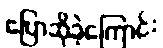
ပြောဆိုခဲ့ကြောင်း